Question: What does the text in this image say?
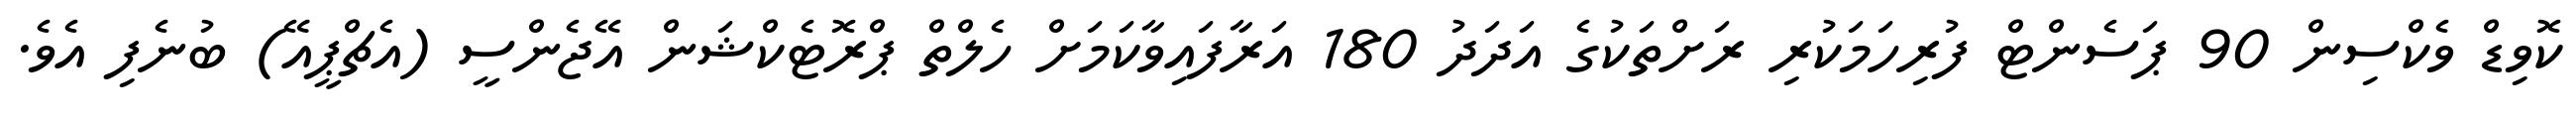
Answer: ކޮވިޑް ވެކްސިން 90 ޕަސެންޓް ފުރިހަމަކުރި ރަށްތަކުގެ އަދަދު 180 އަރާފައިވާކަމަށް ހެލްތް ޕްރޮޓެކްޝަން އޭޖެންސީ (އެޗްޕީއޭ) ބުނެފި އެވެ.